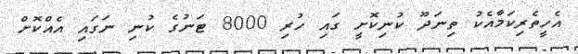
އެހީތެރިކަމާއެކު ތިނަދޫ ކުނިކޮށީ ގައި ހުރި 8000 ޓަނުގެ ކުނި ނަގައި އެއްކޮށް